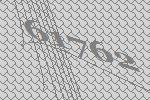
61762